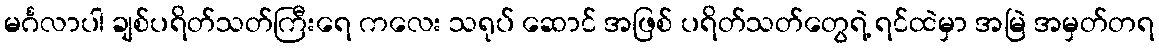
မင်္ဂလာပါ ချစ်ပရိတ်သတ်ကြီးရေ ကလေး သရုပ် ဆောင် အဖြစ် ပရိတ်သတ်တွေရဲ့ ရင်ထဲမှာ အမြဲ အမှတ်တရ